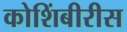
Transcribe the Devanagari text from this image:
कोशिंबीरीस